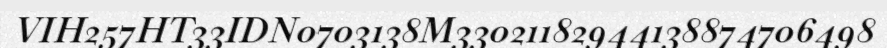
VIH257HT33IDN0703138M33021182944138874706498